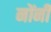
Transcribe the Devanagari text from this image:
नोंनी